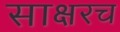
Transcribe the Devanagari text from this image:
साक्षरच